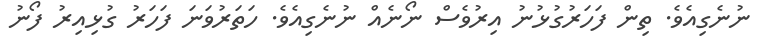
ނުނެގިއެވެ. ތިން ފަހަރުގުޅުނު އިރުވެސް ނޯނެއް ނުނެގިއެވެ. ހަތަރުވަނަ ފަހަރު ގުޅިއިރު ފޯނު